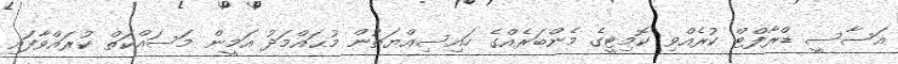
އަސާސީ ޑްރާފްޓް ކުރެއްވި ކޮމިޓީގެ މެންބަރެއްގެ ހައިސިއްޔަތުން މުޙައްމަދު އަމީން މަސައްކަތް ކުރައްވާފައި